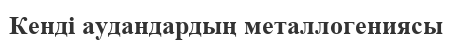
Кенді аудандардың металлогениясы